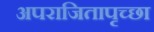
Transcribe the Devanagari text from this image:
अपराजितापृच्छा